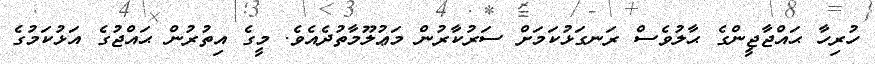
ހުރިހާ ޙައްޖާޖީންގެ ޙާލުވެސް ރަނގަޅުކަމަށް ސަރުކާރުން މަޢުލޫމާތުދެއެވެ. މީގެ އިތުރުން ޙައްޖުގެ އަޅުކަމުގެ